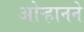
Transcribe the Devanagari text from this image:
ओऱ्हानने